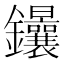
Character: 𨰴